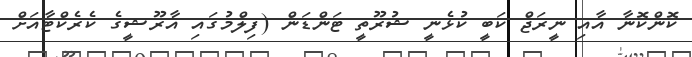
ކޮންކޮނާ އާއި ނީރަޖް ކަބީ ކުޅެނީ ޝުރޫތީ ޓަންޑަން (ފިލްމުގައި އާރޫޝީގެ ކެރެކްޓާއަށް